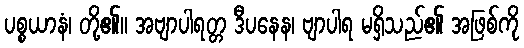
ပစ္စယာနံ၊ တို့၏။ အဗျာပါရတ္တ ဒီပနေန၊ ဗျာပါရ မရှိသည်၏ အဖြစ်ကို